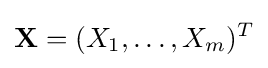
\mathbf {X} =(X_{1},\ldots ,X_{m})^{T}